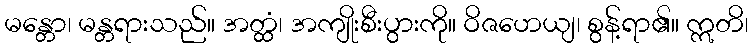
မန္တော၊ မန္တရားသည်။ အတ္ထံ၊ အကျိုးစီးပွားကို။ ဝိဇဟေယျ၊ စွန့်ရာ၏။ ဣတိ၊